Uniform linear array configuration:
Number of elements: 64
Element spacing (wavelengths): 0.5
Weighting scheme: cosine
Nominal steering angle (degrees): -60
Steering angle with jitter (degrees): -61.477
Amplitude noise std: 0.05
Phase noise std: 0.05

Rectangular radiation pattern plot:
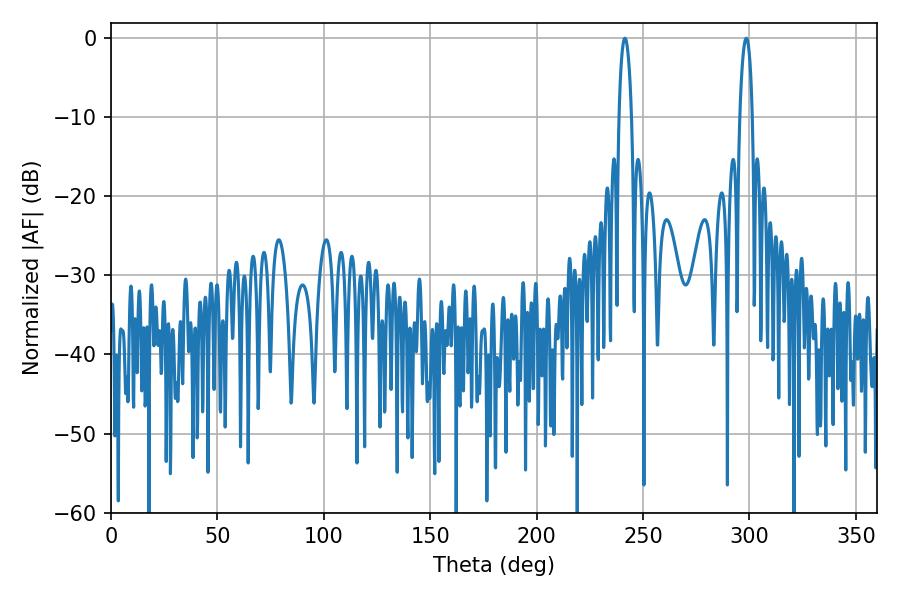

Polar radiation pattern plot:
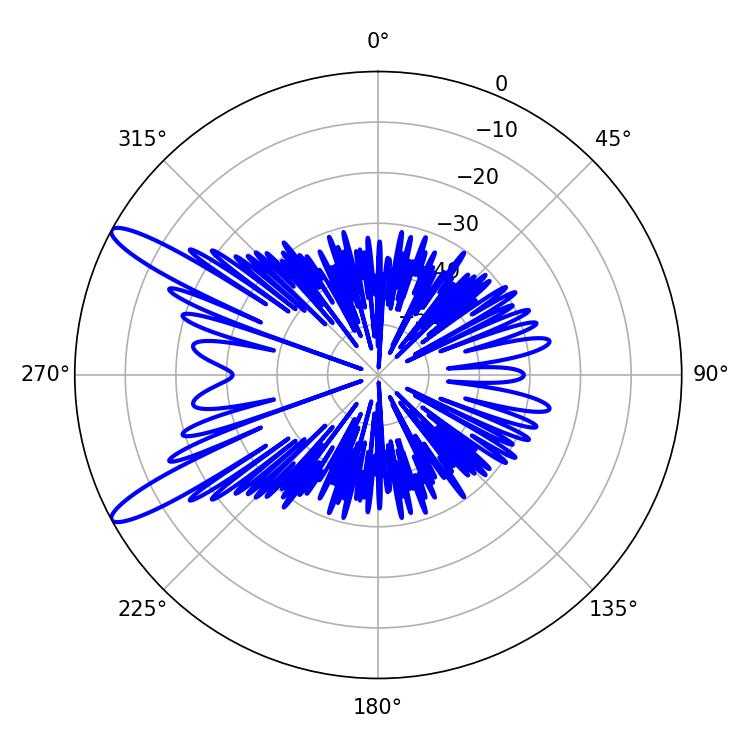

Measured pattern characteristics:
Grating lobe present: FALSE
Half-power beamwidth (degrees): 3.24
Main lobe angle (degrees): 298.44